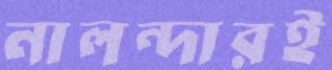
নালন্দারই